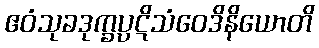
ဧဝံသုခဒုက္ခပ္ပဋိသံဝေဒိနိယောတိ